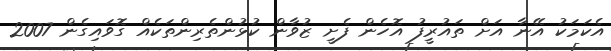
އެކަމަކު އޭނާ އަށް ތައުރީފު އޮހެން ފެށީ ޒުވާން ކުޅުންތެރިންތަކެއް ގޮވައިގެން 2007